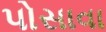
પોસાવા